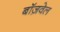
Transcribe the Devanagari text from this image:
बॉज़वेल